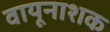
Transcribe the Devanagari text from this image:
वायूनाशक